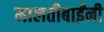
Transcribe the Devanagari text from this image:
मालतीबाईंनी